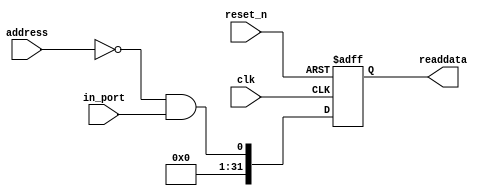
//Legal Notice: (C)2020 Altera Corporation. All rights reserved.  Your
//use of Altera Corporation's design tools, logic functions and other
//software and tools, and its AMPP partner logic functions, and any
//output files any of the foregoing (including device programming or
//simulation files), and any associated documentation or information are
//expressly subject to the terms and conditions of the Altera Program
//License Subscription Agreement or other applicable license agreement,
//including, without limitation, that your use is for the sole purpose
//of programming logic devices manufactured by Altera and sold by Altera
//or its authorized distributors.  Please refer to the applicable
//agreement for further details.

// synthesis translate_off
`timescale 1ns / 1ps
// synthesis translate_on

// turn off superfluous verilog processor warnings 
// altera message_level Level1 
// altera message_off 10034 10035 10036 10037 10230 10240 10030 

module finalproject_soc_accum_b (
                                  // inputs:
                                   address,
                                   clk,
                                   in_port,
                                   reset_n,

                                  // outputs:
                                   readdata
                                )
;

  output  [ 31: 0] readdata;
  input   [  1: 0] address;
  input            clk;
  input            in_port;
  input            reset_n;


wire             clk_en;
wire             data_in;
wire             read_mux_out;
reg     [ 31: 0] readdata;
  assign clk_en = 1;
  //s1, which is an e_avalon_slave
  assign read_mux_out = {1 {(address == 0)}} & data_in;
  always @(posedge clk or negedge reset_n)
    begin
      if (reset_n == 0)
          readdata <= 0;
      else if (clk_en)
          readdata <= {32'b0 | read_mux_out};
    end


  assign data_in = in_port;

endmodule